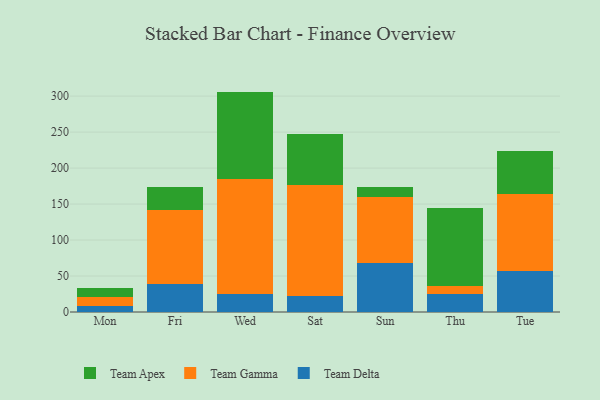
{"axis": {"x": "Day", "y": "Active Users"}, "legend": ["Team Apex", "Team Delta", "Team Gamma"], "data": [{"x": "Mon", "y": 8.8, "type": "Team Delta"}, {"x": "Mon", "y": 12.6, "type": "Team Gamma"}, {"x": "Mon", "y": 12.1, "type": "Team Apex"}, {"x": "Fri", "y": 39.0, "type": "Team Delta"}, {"x": "Fri", "y": 103.4, "type": "Team Gamma"}, {"x": "Fri", "y": 31.0, "type": "Team Apex"}, {"x": "Wed", "y": 25.6, "type": "Team Delta"}, {"x": "Wed", "y": 159.9, "type": "Team Gamma"}, {"x": "Wed", "y": 120.8, "type": "Team Apex"}, {"x": "Sat", "y": 21.8, "type": "Team Delta"}, {"x": "Sat", "y": 155.3, "type": "Team Gamma"}, {"x": "Sat", "y": 70.0, "type": "Team Apex"}, {"x": "Sun", "y": 67.6, "type": "Team Delta"}, {"x": "Sun", "y": 92.1, "type": "Team Gamma"}, {"x": "Sun", "y": 14.3, "type": "Team Apex"}, {"x": "Thu", "y": 25.7, "type": "Team Delta"}, {"x": "Thu", "y": 10.1, "type": "Team Gamma"}, {"x": "Thu", "y": 108.1, "type": "Team Apex"}, {"x": "Tue", "y": 56.7, "type": "Team Delta"}, {"x": "Tue", "y": 106.7, "type": "Team Gamma"}, {"x": "Tue", "y": 59.8, "type": "Team Apex"}]}